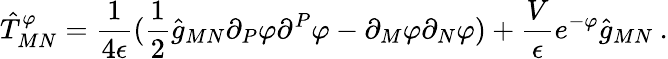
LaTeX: \hat{T}_{MN}^{\varphi}={\frac{1}{4\epsilon}}(\frac{1}{2}\hat{g}_{MN}\partial_{P}\varphi\partial^{P}\varphi-\partial_{M}\varphi\partial_{N}\varphi)+\frac{V}{\epsilon}e^{-\varphi}\hat{g}_{MN}\: .